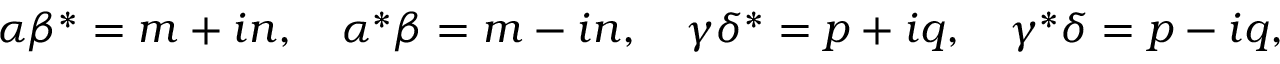
\alpha \beta ^ { * } = m + i n , \quad \alpha ^ { * } \beta = m - i n , \quad \gamma \delta ^ { * } = p + i q , \quad \gamma ^ { * } \delta = p - i q ,